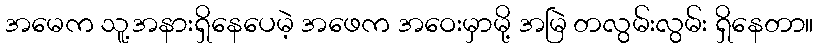
အမေက သူ့အနားရှိနေပေမဲ့ အဖေက အဝေးမှာမို့ အမြဲ တလွမ်းလွမ်း ရှိနေတာ။